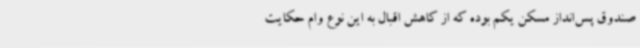
صندوق پس‌انداز مسکن یکم بوده که از کاهش اقبال به این نوع وام حکایت